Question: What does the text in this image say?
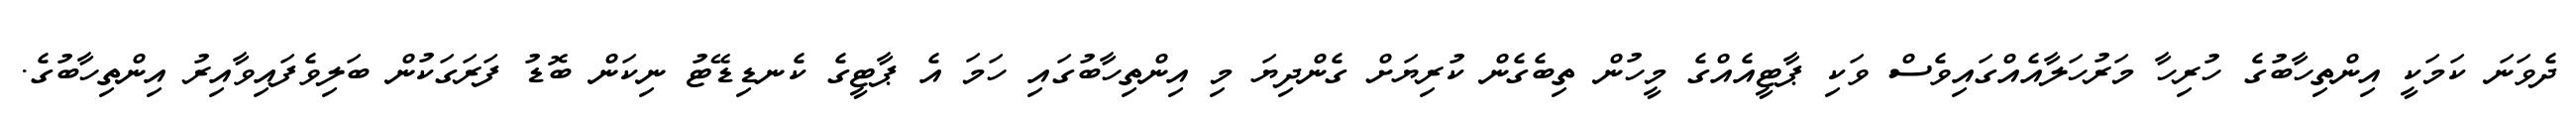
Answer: ދެވަނަ ކަމަކީ އިންތިހާބުގެ ހުރިހާ މަރުހަލާއެއްގައިވެސް ވަކި ޕާޓީއެއްގެ މީހުން ތިބެގެން ކުރިޔަށް ގެންދިޔަ މި އިންތިހާބުގައި ހަމަ އެ ޕާޓީގެ ކެނޑިޑޭޓު ނިކަން ބޮޑު ފަރަގަކުން ބަލިވެފައިވާއިރު އިންތިހާބުގެ.